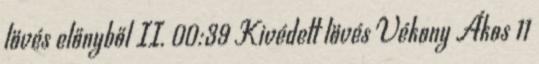
lövés előnyből II. 00:39 Kivédett lövés Vékony Ákos 11